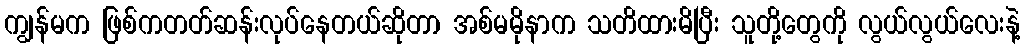
ကျွန်မက ဖြစ်ကတတ်ဆန်းလုပ်နေတယ်ဆိုတာ အစ်မမိုနာက သတိထားမိပြီး သူတို့တွေကို လွယ်လွယ်လေးနဲ့